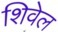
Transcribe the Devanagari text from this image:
शिवेल